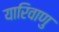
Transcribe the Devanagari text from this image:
यारिवाणु